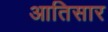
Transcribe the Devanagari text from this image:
आतिसार